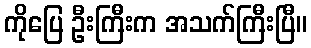
ကိုပြေ ဦးကြီးက အသက်ကြီးပြီ။